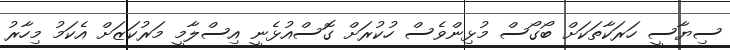
ސިޔާސީ ހަރަކާތަކަށް ބޯގޯސް މުޅިންވެސް ހުކުރަށް ގޮސްއުޅެނީ އިސްލާމީ މަރުކަޒަށް އެކަމު މިހާރު